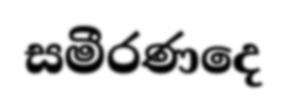
සමීරණදෙ